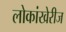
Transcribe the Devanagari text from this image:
लोकांखेरीज